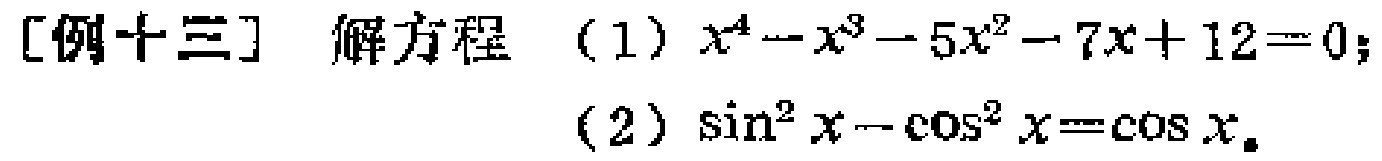
[例十三] 解方程
(1) \(x^{4}-x^{3}-5x^{2}-7x + 12 = 0\);
(2) \(\sin^{2}x-\cos^{2}x=\cos x\)